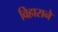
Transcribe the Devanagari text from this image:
विहाराने